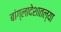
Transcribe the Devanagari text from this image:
बांग्लादेशातल्या